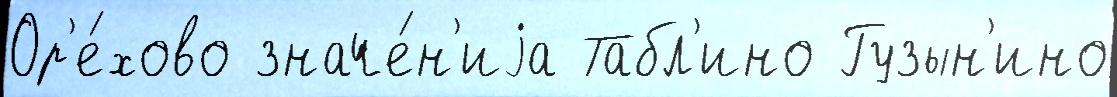
Ор'е́хово значе́н'иjа Табл'ино Гузын'ино